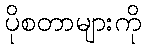
ပိုစတာများကို